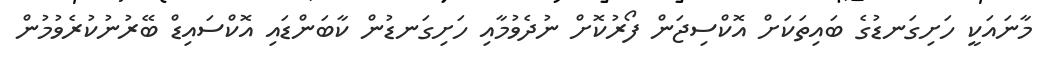
މާނައަކީ ހަށިގަނޑުގެ ބައިތަކަށް އޮކްސިޖަން ފޯރުކޮށް ނުދެވުމާއި ހަށިގަނޑުން ކާބަންޑައި އޮކްސައިޑް ބޭރުނުކުރެވުމުން